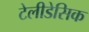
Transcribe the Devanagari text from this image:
टेलीडेसिक